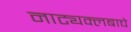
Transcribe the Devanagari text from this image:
नाट्यक्लबाचे